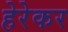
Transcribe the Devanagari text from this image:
हेरेकर